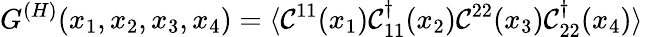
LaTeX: G^{(H)}(x_{1},x_{2},x_{3},x_{4})=\langle{\cal C}^{11}(x_{1}){\cal C}_{11}^{\dagger}(x_{2}){\cal C}^{22}(x_{3}){\cal C}_{22}^{\dagger}(x_{4})\rangle\;